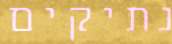
נתיקים